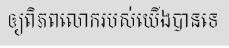
ឲ្យពិភពលោករបស់យើងបានទេ